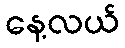
နေ့လယ်